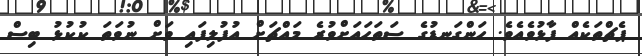
ޕެޗްތަކެއް ފާޅުވެއެވެ. ހަންގަނޑުގެ ސަތަޙައަށްވުރެ މައްޗަށް އުފުލިފައި ވަށް ނުވަތަ ކުކުޅު ބިސް